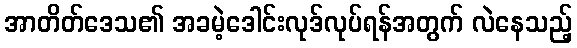
အာတိတ်ဒေသ၏ အခမဲ့ဒေါင်းလုဒ်လုပ်ရန်အတွက် လဲနေသည့်